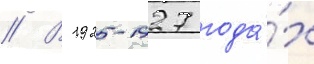
// В 1925-1927 года́х